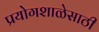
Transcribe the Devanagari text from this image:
प्रयोगशाळेसाठी